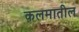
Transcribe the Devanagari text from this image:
कलमातील